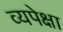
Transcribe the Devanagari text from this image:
व्यपेक्षा